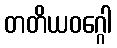
တတိယဝဂ္ဂေါ